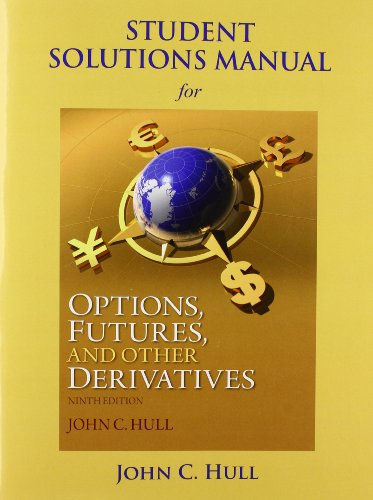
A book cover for Student Solutions Manual for Options, Futures, and Other Derivatives; John C Hull; Business & Money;